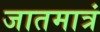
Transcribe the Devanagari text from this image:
जातमात्रं